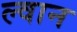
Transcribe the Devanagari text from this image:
ल्वान